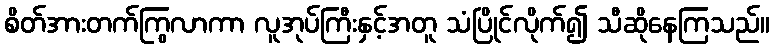
စိတ်အားတက်ကြွလာကာ လူအုပ်ကြီးနှင့်အတူ သံပြိုင်လိုက်၍ သီဆိုနေကြသည်။